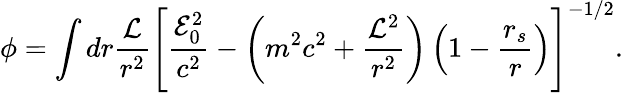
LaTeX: \phi=\int dr\frac{{\cal{L}}}{r^{2}}\left[\frac{{\cal{E}}_{0}^{2}}{c^{2}}-\left(m^{2}c^{2}+\frac{{\cal{L}}^{2}}{r^{2}}\right)\left(1-\frac{r_{s}}{r}\right)\right]^{-1/2}.